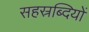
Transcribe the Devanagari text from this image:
सहस्रब्दियों